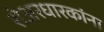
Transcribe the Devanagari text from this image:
शेअरधारकांना